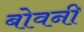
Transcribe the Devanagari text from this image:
बोवनी